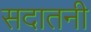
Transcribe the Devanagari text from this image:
सदातनी